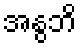
အနွဘိ